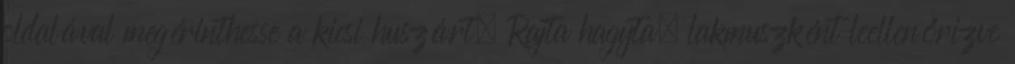
oldalával megérinthesse a kicsi huszárt. Rajta hagyta, lakmuszként leellenőrizve